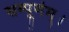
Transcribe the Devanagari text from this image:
सम्पूर्णम्।